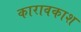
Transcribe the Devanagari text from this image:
कारावकाश